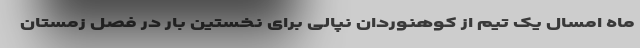
ماه امسال یک تیم از کوهنوردان نپالی برای نخستین بار در فصل زمستان